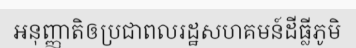
អនុញ្ញាតិឲប្រជាពលរដ្ឋសហគមន៍ដីធ្លីភូមិ